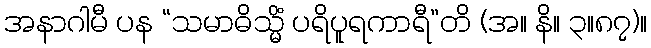
အနာဂါမီ ပန “သမာဓိသ္မိံ ပရိပူရကာရီ”တိ (အ။ နိ။ ၃။၈၇)။